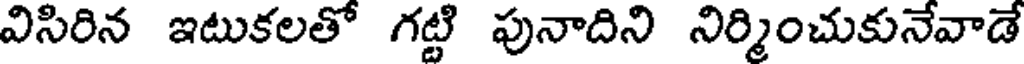
విసిరిన ఇటుకలతో గట్టి పునాదిని నిర్మించుకునేవాడే